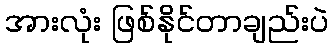
အားလုံး ဖြစ်နိုင်တာချည်းပဲ